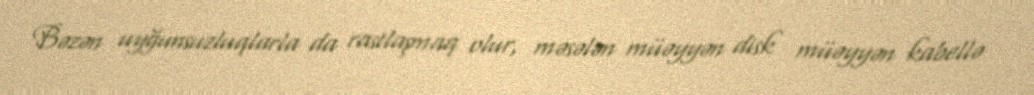
Bəzən uyğunsuzluqlarla da rastlaşmaq olur, məsələn müəyyən disk müəyyən kabellə